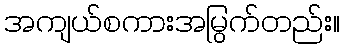
အကျယ်စကားအမြွက်တည်း။